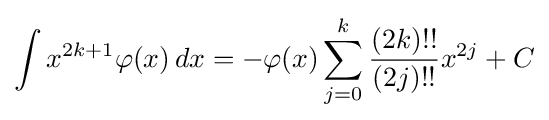
\int x^{2k+1}\varphi (x)\,dx=-\varphi (x)\sum _{j=0}^{k}{\frac {(2k)!!}{(2j)!!}}x^{2j}+C